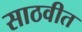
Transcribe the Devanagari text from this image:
साठवीत